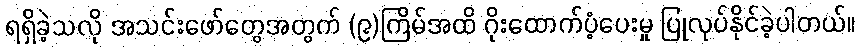
ရရှိခဲ့သလို အသင်းဖော်တွေအတွက် (၉)ကြိမ်အထိ ဂိုးထောက်ပံ့ပေးမှု ပြုလုပ်နိုင်ခဲ့ပါတယ်။